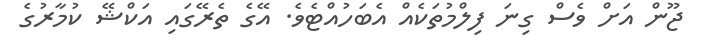
ޖޫން އަށް ވެސް ގިނަ ފިލްމުތަކެއް އެބަހުއްޓެވެ. އޭގެ ތެރޭގައި އަކްޝޭ ކުމާރުގެ